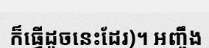
ក៏ធ្វើដូចនេះដែរ)។ អញ្ចឹង